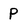
Character: P